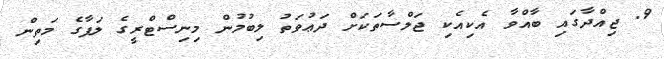
9. ޖިއްދާގައި ބާއްވާ އެކިއެކި ޖަލްސާތަކަށް ދަޢުވަތު ލިބުމުން މިނިސްޓްރީގެ ލަފާގެ މަތިން